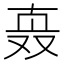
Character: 𰅹